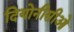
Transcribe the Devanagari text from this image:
दियोनीसीओ